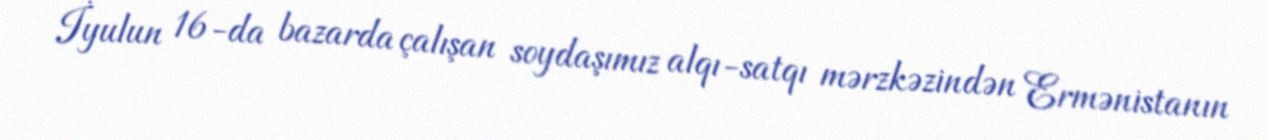
İyulun 16-da bazarda çalışan soydaşımız alqı-satqı mərzkəzindən Ermənistanın